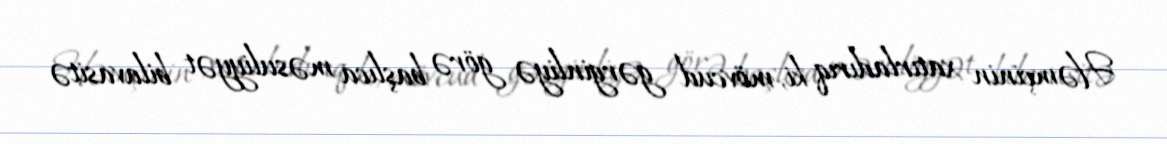
Həmçinin xatırladırıq ki, mövcud gərginliyə görə başlıca məsuliyyət bilavasitə